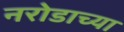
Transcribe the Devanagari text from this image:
नरोडाच्या